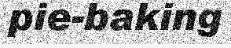
pie-baking